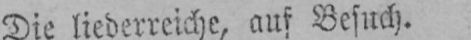
Die liederreiche, auf Besuch.